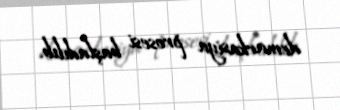
demarkasiya prosesi başladılıb.